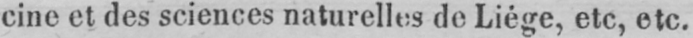
cine et des sciences naturelles de Liège, etc, etc.